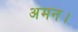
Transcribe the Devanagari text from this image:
अमन।